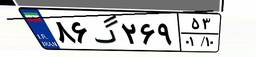
۱۰گ۵۲۱۶۸